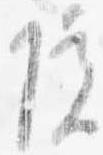
院